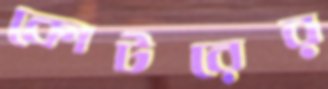
কোটরের